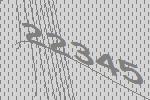
22345